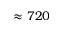
\approx 7 2 0